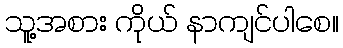
သူ့အစား ကိုယ် နာကျင်ပါစေ။